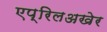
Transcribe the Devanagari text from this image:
एप्रिलअखेर